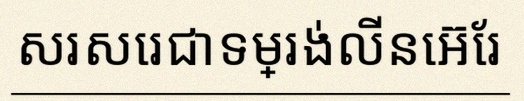
សរសេរជាទម្រង់លីនេអ៊ែរ